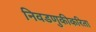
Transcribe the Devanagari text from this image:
निवडणुकीकरिता